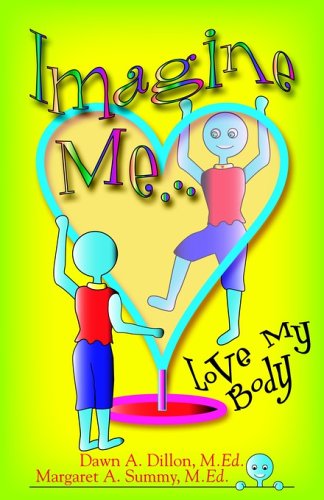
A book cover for Imagine Me...Love My Body; Dawn A. Dillon; Health, Fitness & Dieting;